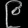
Digit: ၉